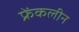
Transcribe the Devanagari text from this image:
फ्रेंकलीन